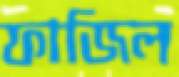
ফাজিল